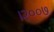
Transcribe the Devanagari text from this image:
।२००७